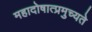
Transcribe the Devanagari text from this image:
महादोषात्प्रमुच्यते